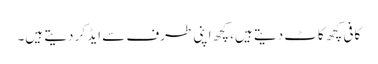
کافی کچھ کاٹ دیتے ہیں، کچھ اپنی طرف سے ایڈ کر دیتے ہیں۔